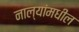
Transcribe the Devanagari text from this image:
नाल्यांमधील